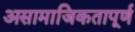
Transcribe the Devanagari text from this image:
असामाजिकतापूर्ण